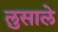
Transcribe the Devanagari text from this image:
लुसाले